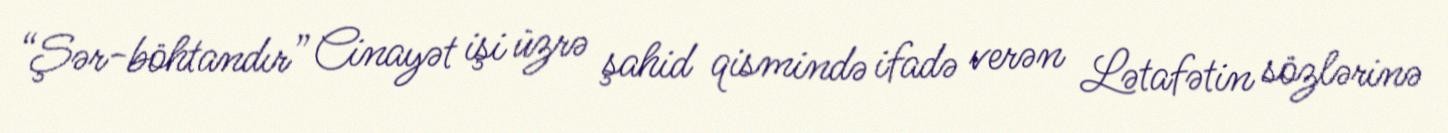
“Şər-böhtandır” Cinayət işi üzrə şahid qismində ifadə verən Lətafətin sözlərinə